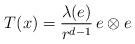
LaTeX: \begin{align*}T(x)=\frac{\lambda(e)}{r^{d-1}}\,e\otimes e\end{align*}